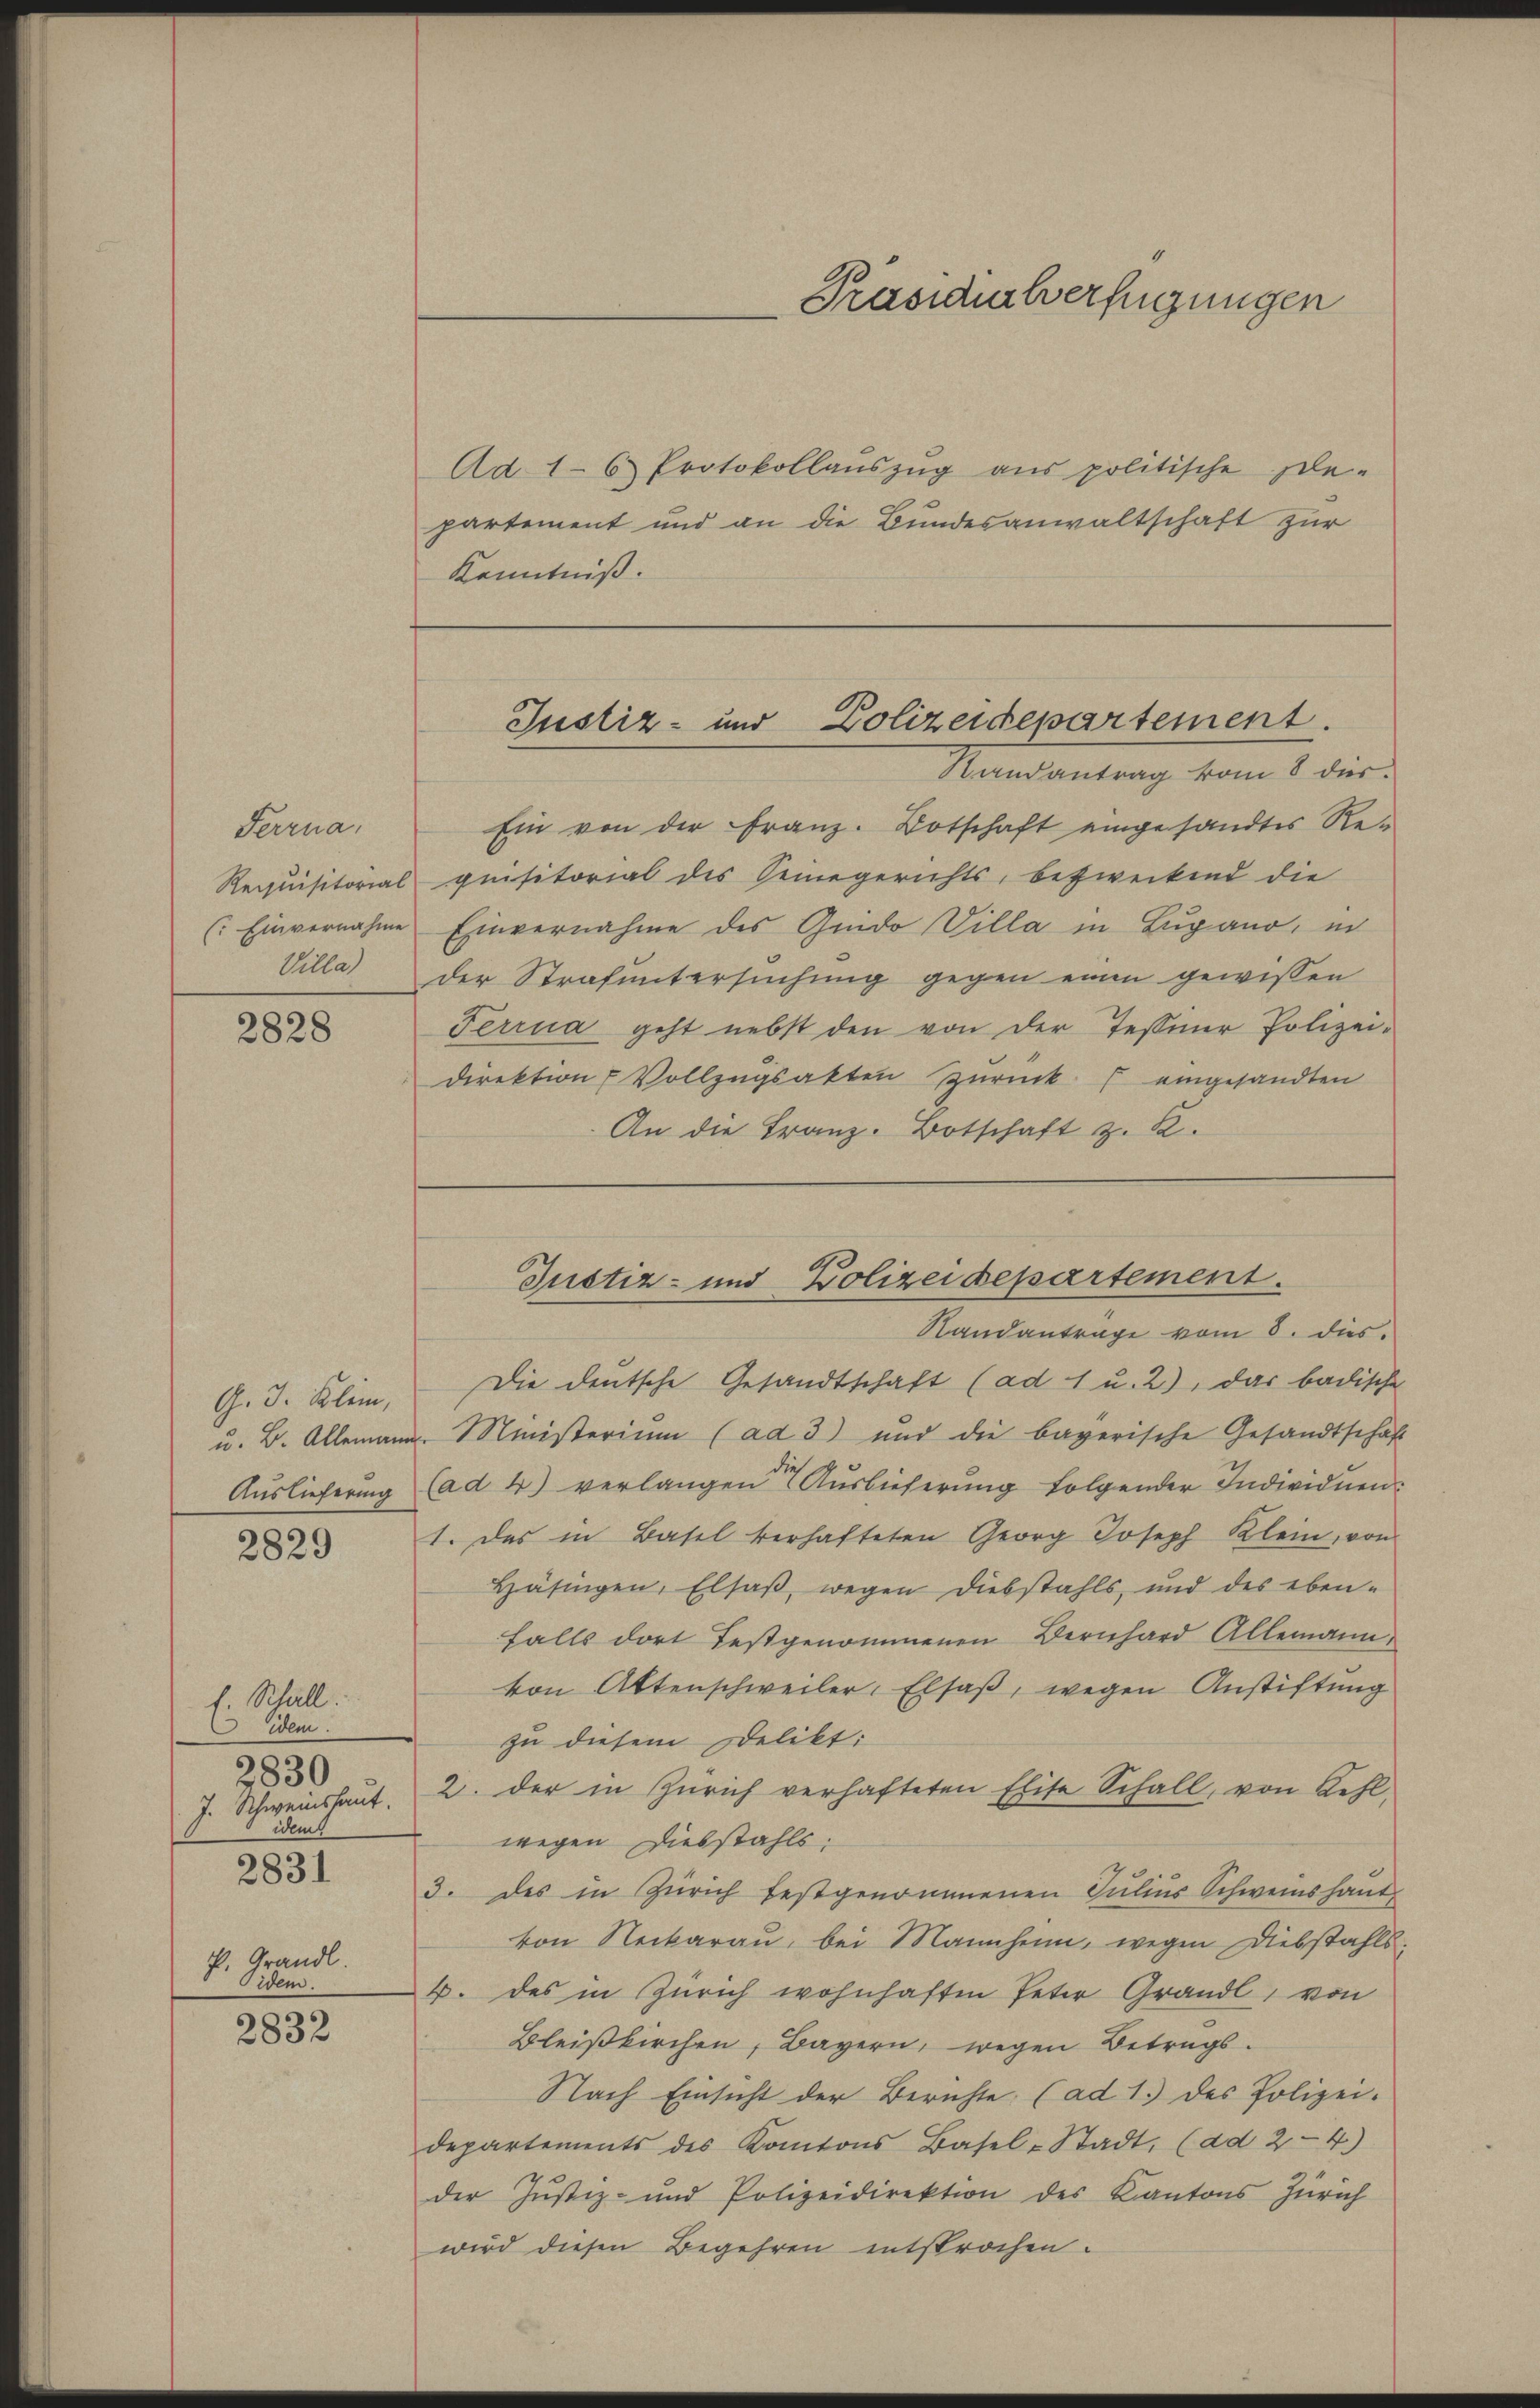
Serena,
Requisitorial
(: Einvernahme

2828

G. 3. Klein,

2829

f. Rhäll.
Dem.
2830
J. Schweinshaut.
idem
2831
P. Grandl.
Oidem.

2832

Ad 16 Protokollauszug aus politische Ele-
partement und an die Bundesanwaltschaft zur
Kenntniß.

Präsidialverfügungen

Justiz- und Polizeidepartement.

Randantrag vom 8 dies
Ein von der Franz. Botschaft eingesandtes Re-
quisitorial des Seinegerichts, bezweckend die
Einvernahme des Guido Villa in Lugano, in
Villa der Strafuntersuchung gegen einen gewissen
Ferrna geht nebst den von der Tessiner Polizei¬
Direktion u Vollzugsakten Zurück eingesandten
An die Franz-Botschaft z. B.
Sandantrage vom 8. dies
Die deutsche Gesandtschaft (ad 1 u. 2), das badische
u. B. Allemann Ministerium (ad 3) und die bayerische Gesandtschaft
Auslieferung (ad 4) verlangen Auslieferung folgender Individuen
1. Das in Basel verhafteten Georg Joseph Klein, von
Häsingen, Elsaß, wegen Diebstahls und des eben-
falls dort festgenommenen Bernhard Allemann,
von Attenschweiler, Elsaß, wegen Anstiftung
zu diesem Delikt:
2. der in Zürich verhafteten Elise Schall, von Kehl-
wegen Diebstahls:
3. des in Zürich festgenommenen Julius Schweinshant
von Neckarau, bei Mannheim, wegen Diebstahls
4. des in Zürich wohnhaften Peter Grandl, von
Bleißkirchen, Bayern, wegen Betrags-
Nach Einsicht der Berichte. (ad 1.) des Polizei.
departements des Kantons Basel-Stadt, (ad 2-4.)
der Justiz- und Polizeidirektion des Kantons Zürich
wird diesen Begehren entsprochen.

Justiz- und Polizeidepartement.